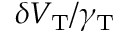
\delta V _ { \mathrm { T } } / \gamma _ { \mathrm { T } }